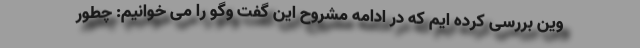
وین بررسی کرده ایم که در ادامه مشروح این گفت وگو را می خوانیم: چطور